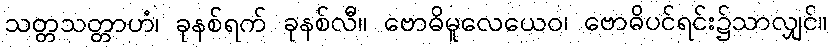
သတ္တသတ္တာဟံ၊ ခုနစ်ရက် ခုနစ်လီ။ ဗောဓိမူလေယေဝ၊ ဗောဓိပင်ရင်း၌သာလျှင်။